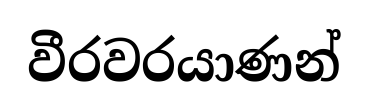
වීරවරයාණන්